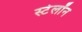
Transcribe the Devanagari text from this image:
स्टेलॉन